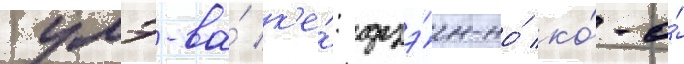
умэ-ва́ к'е́: дзэ́н-но́ ко́-о́